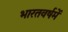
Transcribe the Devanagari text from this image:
भारतवर्षमें